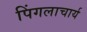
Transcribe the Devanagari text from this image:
पिंगलाचार्य